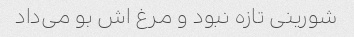
شورینی تازه نبود و مرغ اش بو می‌داد